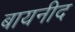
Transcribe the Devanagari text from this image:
बायनीद